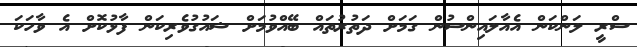
ސްރީ ލަންކަން އެއާލައިންސުން ގަމަށް ދަތުރުތައް ބޭއްވުމަށް ޝައުގުވެރިކަން ފާޅުކޮށް އެ ވާހަކަ